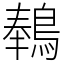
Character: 䳞